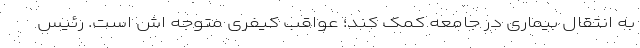
به انتقال بیماری در جامعه کمک کند؛ عواقب کیفری متوجه اش است. رئیس